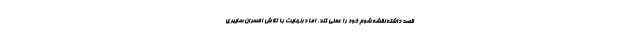
قصد داشته نقشه شوم خود را عملی کند، اما در‌نهایت با تلاش افسران سایبری